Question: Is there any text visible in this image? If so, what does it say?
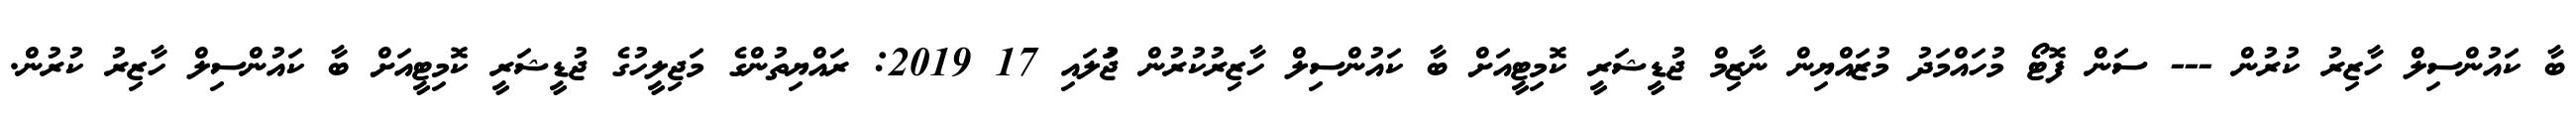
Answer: ބާ ކައުންސިލް ހާޒިރު ކުރުން --- ސަން ފޮޓޯ މުހައްމަދު މުޒައްޔިން ނާޒިމް ޖުޑީޝަރީ ކޮމިޓީއަށް ބާ ކައުންސިލް ހާޒިރުކުރުން ޖުަލައި 17 2019: ރައްޔިތުންގެ މަޖިލީހުގެ ޖުޑީޝަރީ ކޮމިޓީއަށް ބާ ކައުންސިލް ހާޒިރު ކުރުން.